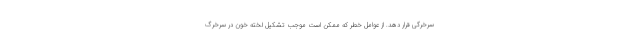
سرخرگی قرار دهد. از عوامل خطر که ممکن است موجب تشکیل لخته خون در سرخرگ